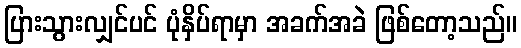
ပြားသွားလျှင်ပင် ပုံနှိပ်ရာမှာ အခက်အခဲ ဖြစ်တော့သည်။